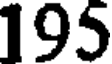
195